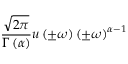
{ \frac { \sqrt { 2 \pi } } { \Gamma \left( \alpha \right) } } u \left( \pm \omega \right) \left( \pm \omega \right) ^ { \alpha - 1 }